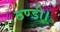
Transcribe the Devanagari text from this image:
ठण्डी।